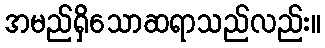
အမည်ရှိသောဆရာသည်လည်း။